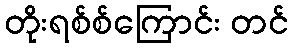
တိုးရစ်စ်ကြောင်း တင်